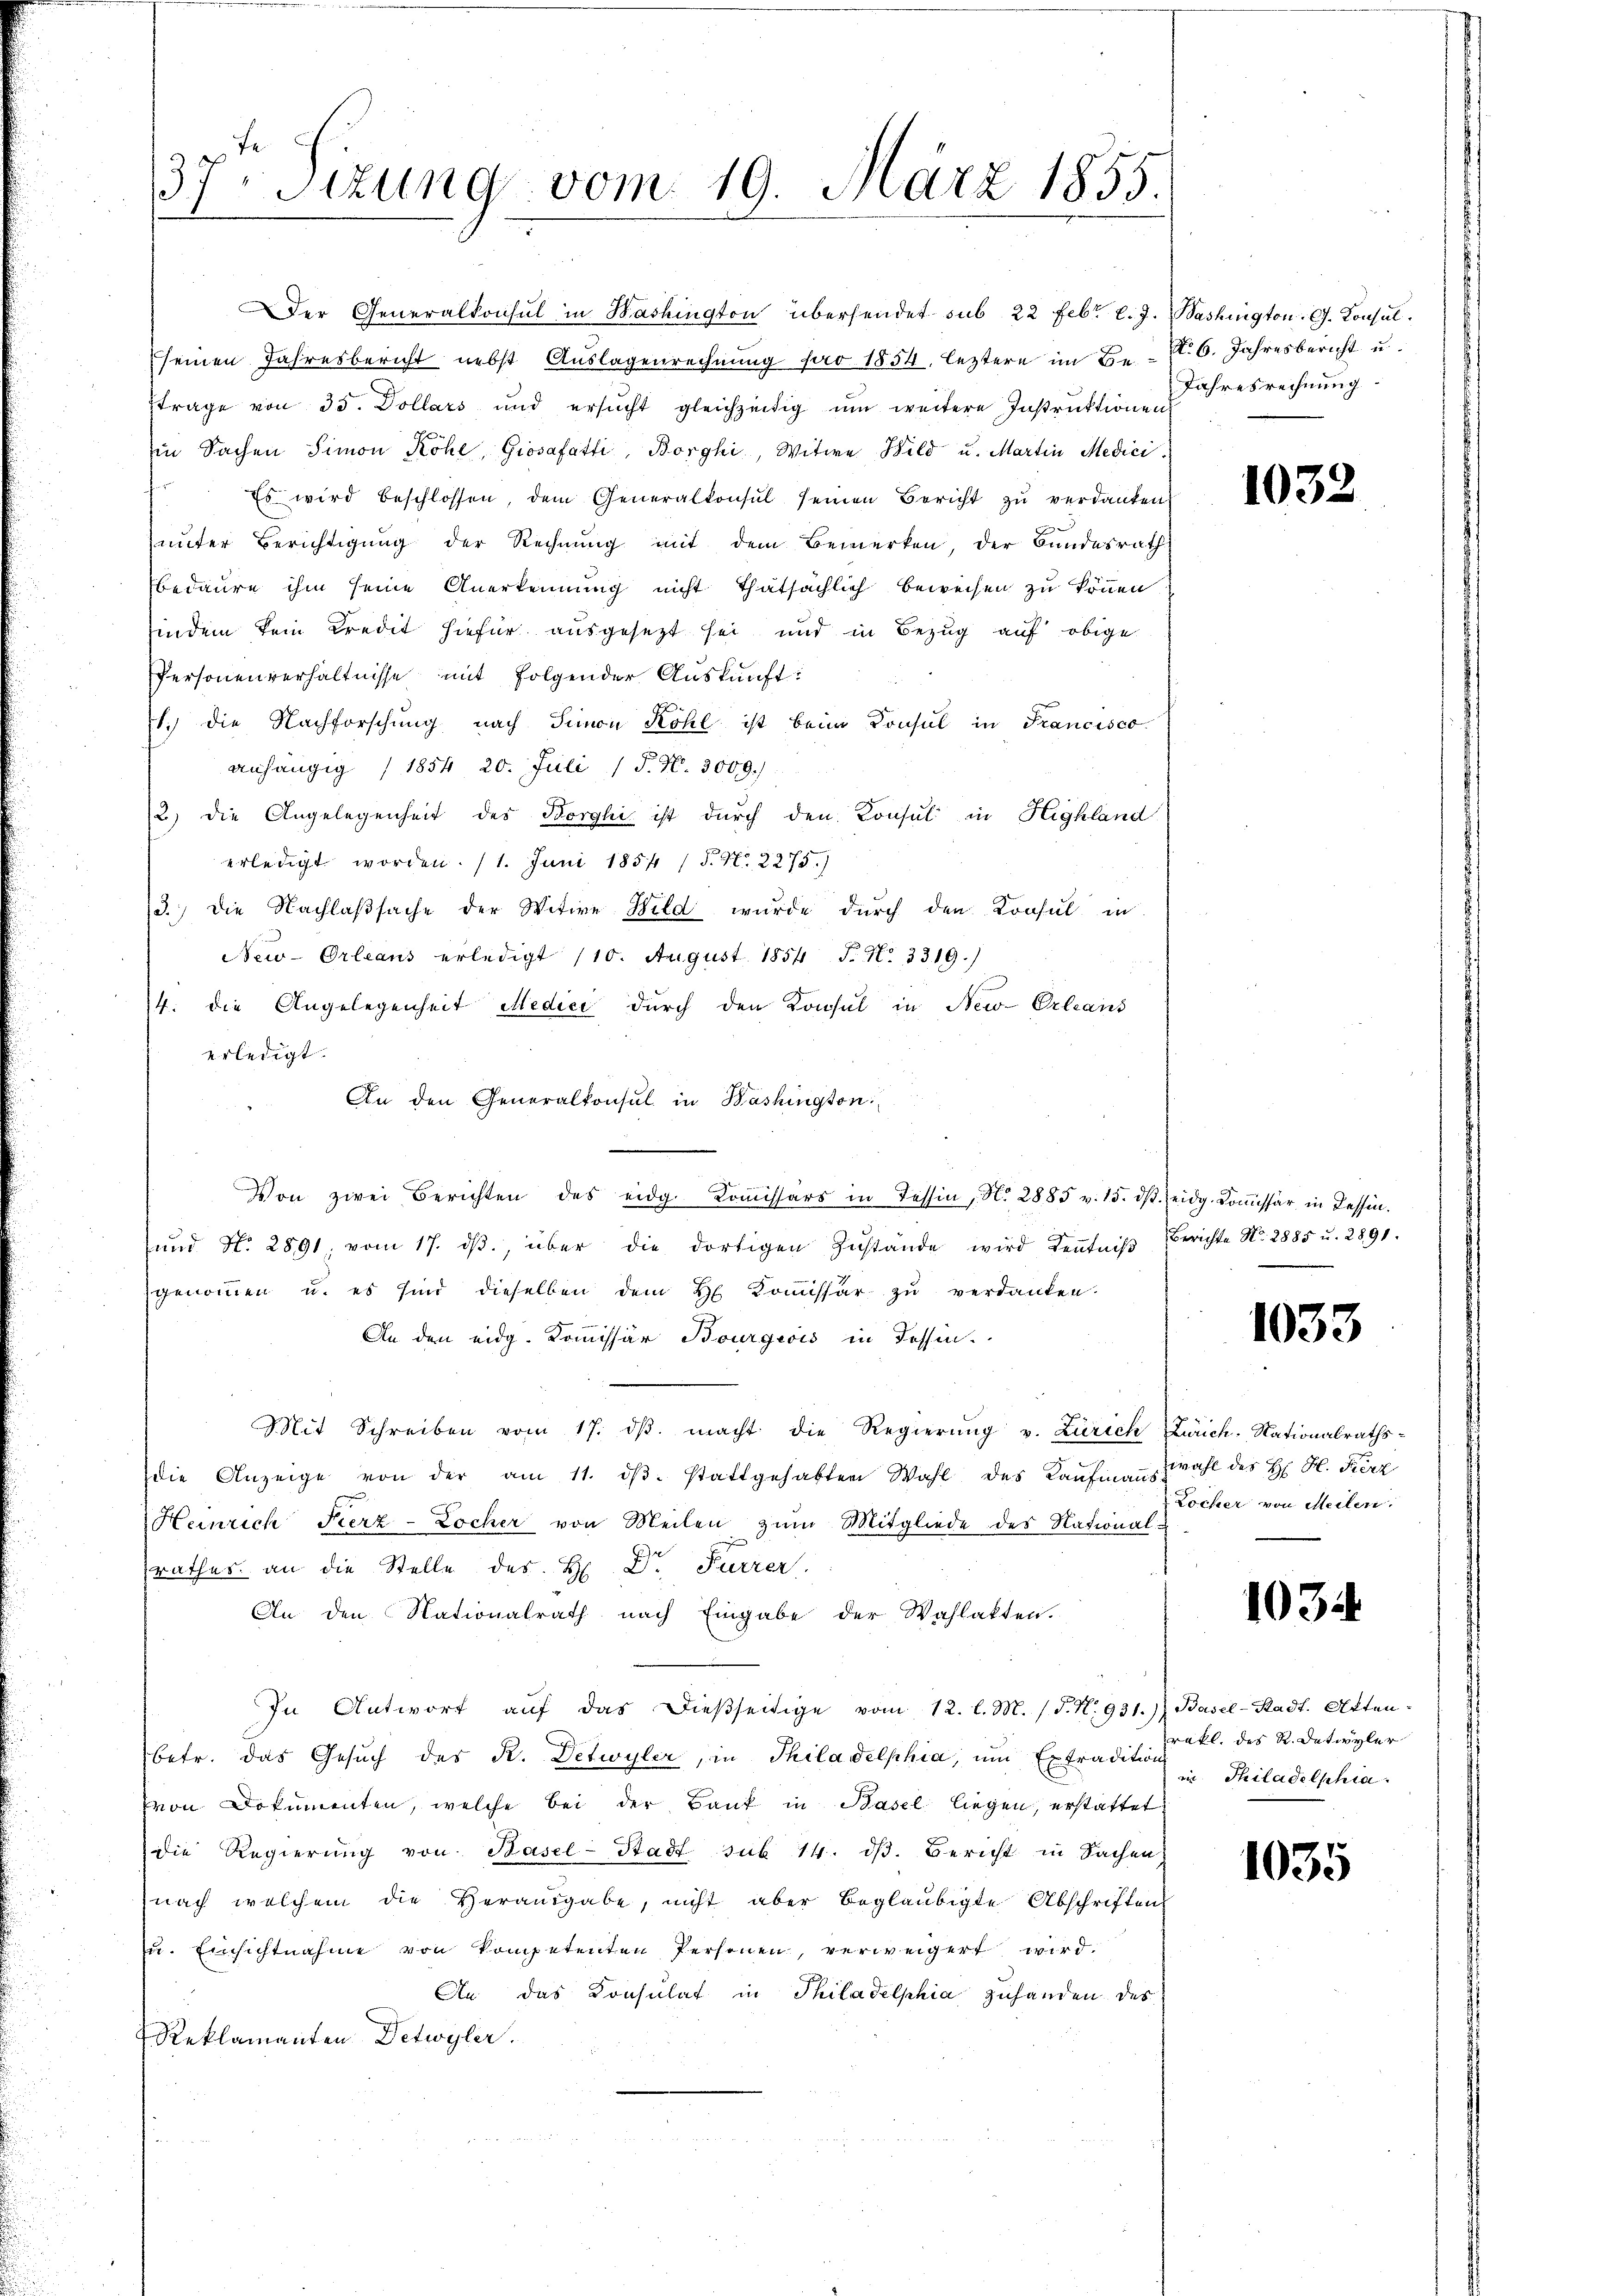
37. Sitzung vom 19. März 1855.

Der Generalkonsul in Washington übersendet sub 22 Febr. l. J. Washington G. Konsulseinen Jahresbericht nebst Auslagenrechnung pro 1854, leztere im Be- N. 6. Jahresbericht u.
trage von 35. Dollars und ersŭcht gleichzeitig ŭm weitere Instruktionen
in Sachen Simon Köhl Giosafatti, Borghi, Witwe Bild u. Martin Medici
Es wird beschlossen, dem Generalkonsul seinen Bericht zŭ verdanken
unter Berichtigung der Rechnung mit dem Bemerken, der Bundesrath
bedaure ihm seine Anerkennung nicht Thatsächlich beweisen zu können
findem kein Kredit hiefür ausgesezt sei und in Bezug auf obige
Personenverhältnisse mit folgender Auskunft:
1.) Die Nachforschung nach Simon Köhl ist beim Konsul in Francisco
anhängig /1854, 20. Juli ( P. N. 3009.)
2) die Angelegenheit des Borghi ist durch den Konsul in Highland
erledigt worden. (1. Juni 1854 (S. Nr. 2275)
13.) Die Nachlaβsache der Witwe Bild wurde dŭrch den Konsul in
New-Orleaus erledigt (10. August 1854 S. N. 3319.)
4. die Angelegenheit Medici durch den Konsul in New-Orleans
erledigt.
An den Generalkonsul in Bashington

Von zwei Berichten des eidg. Koṁissärs in Tessin, No 2885 v. 15. dβ eidg. Koṁissär in Lassen.
ŭnd No. 2891. vom 17. dβ., über die dortigen Zustande wird Keṅtniβ, Berichte No. 2885 u. 2891.
genoṁen u. es sind dieselben dem H. Koṁissär zŭ verdanken.
An den eidg. Kommissär Bourgeois in dessen.
Mit Schreiben vom 17. dβ. macht die Regierŭng v. Zürich Zürich, Nationalrathsdie Anzeige von der am 11. dβ. stattgehabten Wahl des Kaufmanns Wahl des H. H. Fierz
Heinrich Fierz-Locher von Meilen zum Mitgliede des National-
rathes an die Stelle des H. Dr Furrer
An den Nationalrath nach Eingabe der Wahlakten.
In Antwort aŭf das dießseitige vom 12. l. M. (T. N. 931.) Basel-Stadt. Attenbetr. das Gesuch des R. Detwyler, in Philadelphia, um Extradirten Philadelphia
von Dokumenten, welche bei der Bank in Basel liegen, erstattet
die Regierung von Basel-Stadt sub 14. dß. Bericht in Sachen
nach welchem die Herausgabe, nicht aber beglaubigte Abschriften
u. Einsichtnahme von kompetenten Personen, verweigert wird.
An das Konsulat in Philadelphia zuhanden des
Reklamanten Detwyler.

Jahresrechnung.

1032

1033

Locher von Meilen.

1034

rakt. des K. Oetwyler

1035